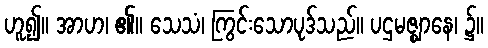
ဟူ၍။ အာဟ၊ ၏။ သေသံ၊ ကြွင်းသောပုဒ်သည်။ ပဌမဇ္ဈာနေ၊ ၌။